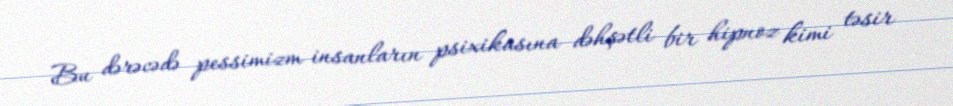
Bu dərəcədə pessimizm insanların psixikasına dəhşətli bir hipnoz kimi təsir